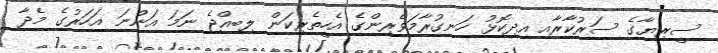
ސީރިޔާގެ ސަރުކާރާއި އިދިކޮޅު ހަނގުރާމަވެރިންގެ އެހީތެރިކަން ލިބިއްޖެ ނަމަ އަންނަ އަހަރުގެ މެދާ